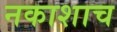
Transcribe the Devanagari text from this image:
नकाशाच